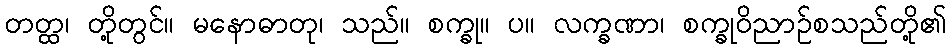
တတ္ထ၊ တို့တွင်။ မနောဓာတု၊ သည်။ စက္ခု။ ပ။ လက္ခဏာ၊ စက္ခုဝိညာဉ်စသည်တို့၏